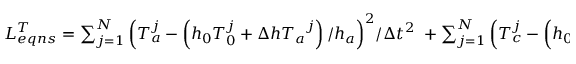
\begin{array} { r } { L _ { e q n s } ^ { T } = \sum _ { j = 1 } ^ { N } { { { \left( { T } _ { a } ^ { j } - \left( { h } _ { 0 } { T } _ { 0 } ^ { j } + \Delta { { h T } _ { a } } ^ { j } \right) / { { h } _ { a } } \right) } ^ { 2 } } / \Delta { { t } ^ { 2 } } } \ + \sum _ { j = 1 } ^ { N } { { { \left( { T } _ { c } ^ { j } - \left( { h } _ { 0 } { T } _ { 0 } ^ { j } + \Delta { { h T } _ { c } } ^ { j } \right) / { { h } _ { c } } \right) } ^ { 2 } } / \Delta { { t } ^ { 2 } } } \ } \end{array}